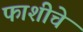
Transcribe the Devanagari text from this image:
फाशीचे